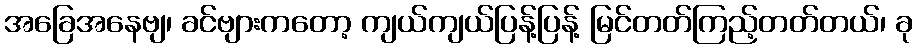
အခြေအနေဗျ၊ ခင်ဗျားကတော့ ကျယ်ကျယ်ပြန့်ပြန့် မြင်တတ်ကြည့်တတ်တယ်၊ ခု